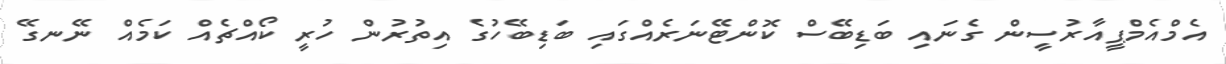
އެމްއެމްޕީއާރުސީން ގެނައި ބަޑިބޭސް ކޮންޓޭނަރެއްގައި ބަޑިބޭހުގެ އިތުރުން ހުރީ ކޯއްޗެއް ކަމެއް ނޭނގޭ